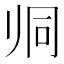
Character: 𱍯